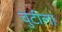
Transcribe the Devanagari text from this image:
चुटीला